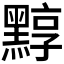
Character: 𪑒